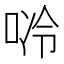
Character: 唥